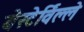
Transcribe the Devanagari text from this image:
वेस्टेर्विल्ले